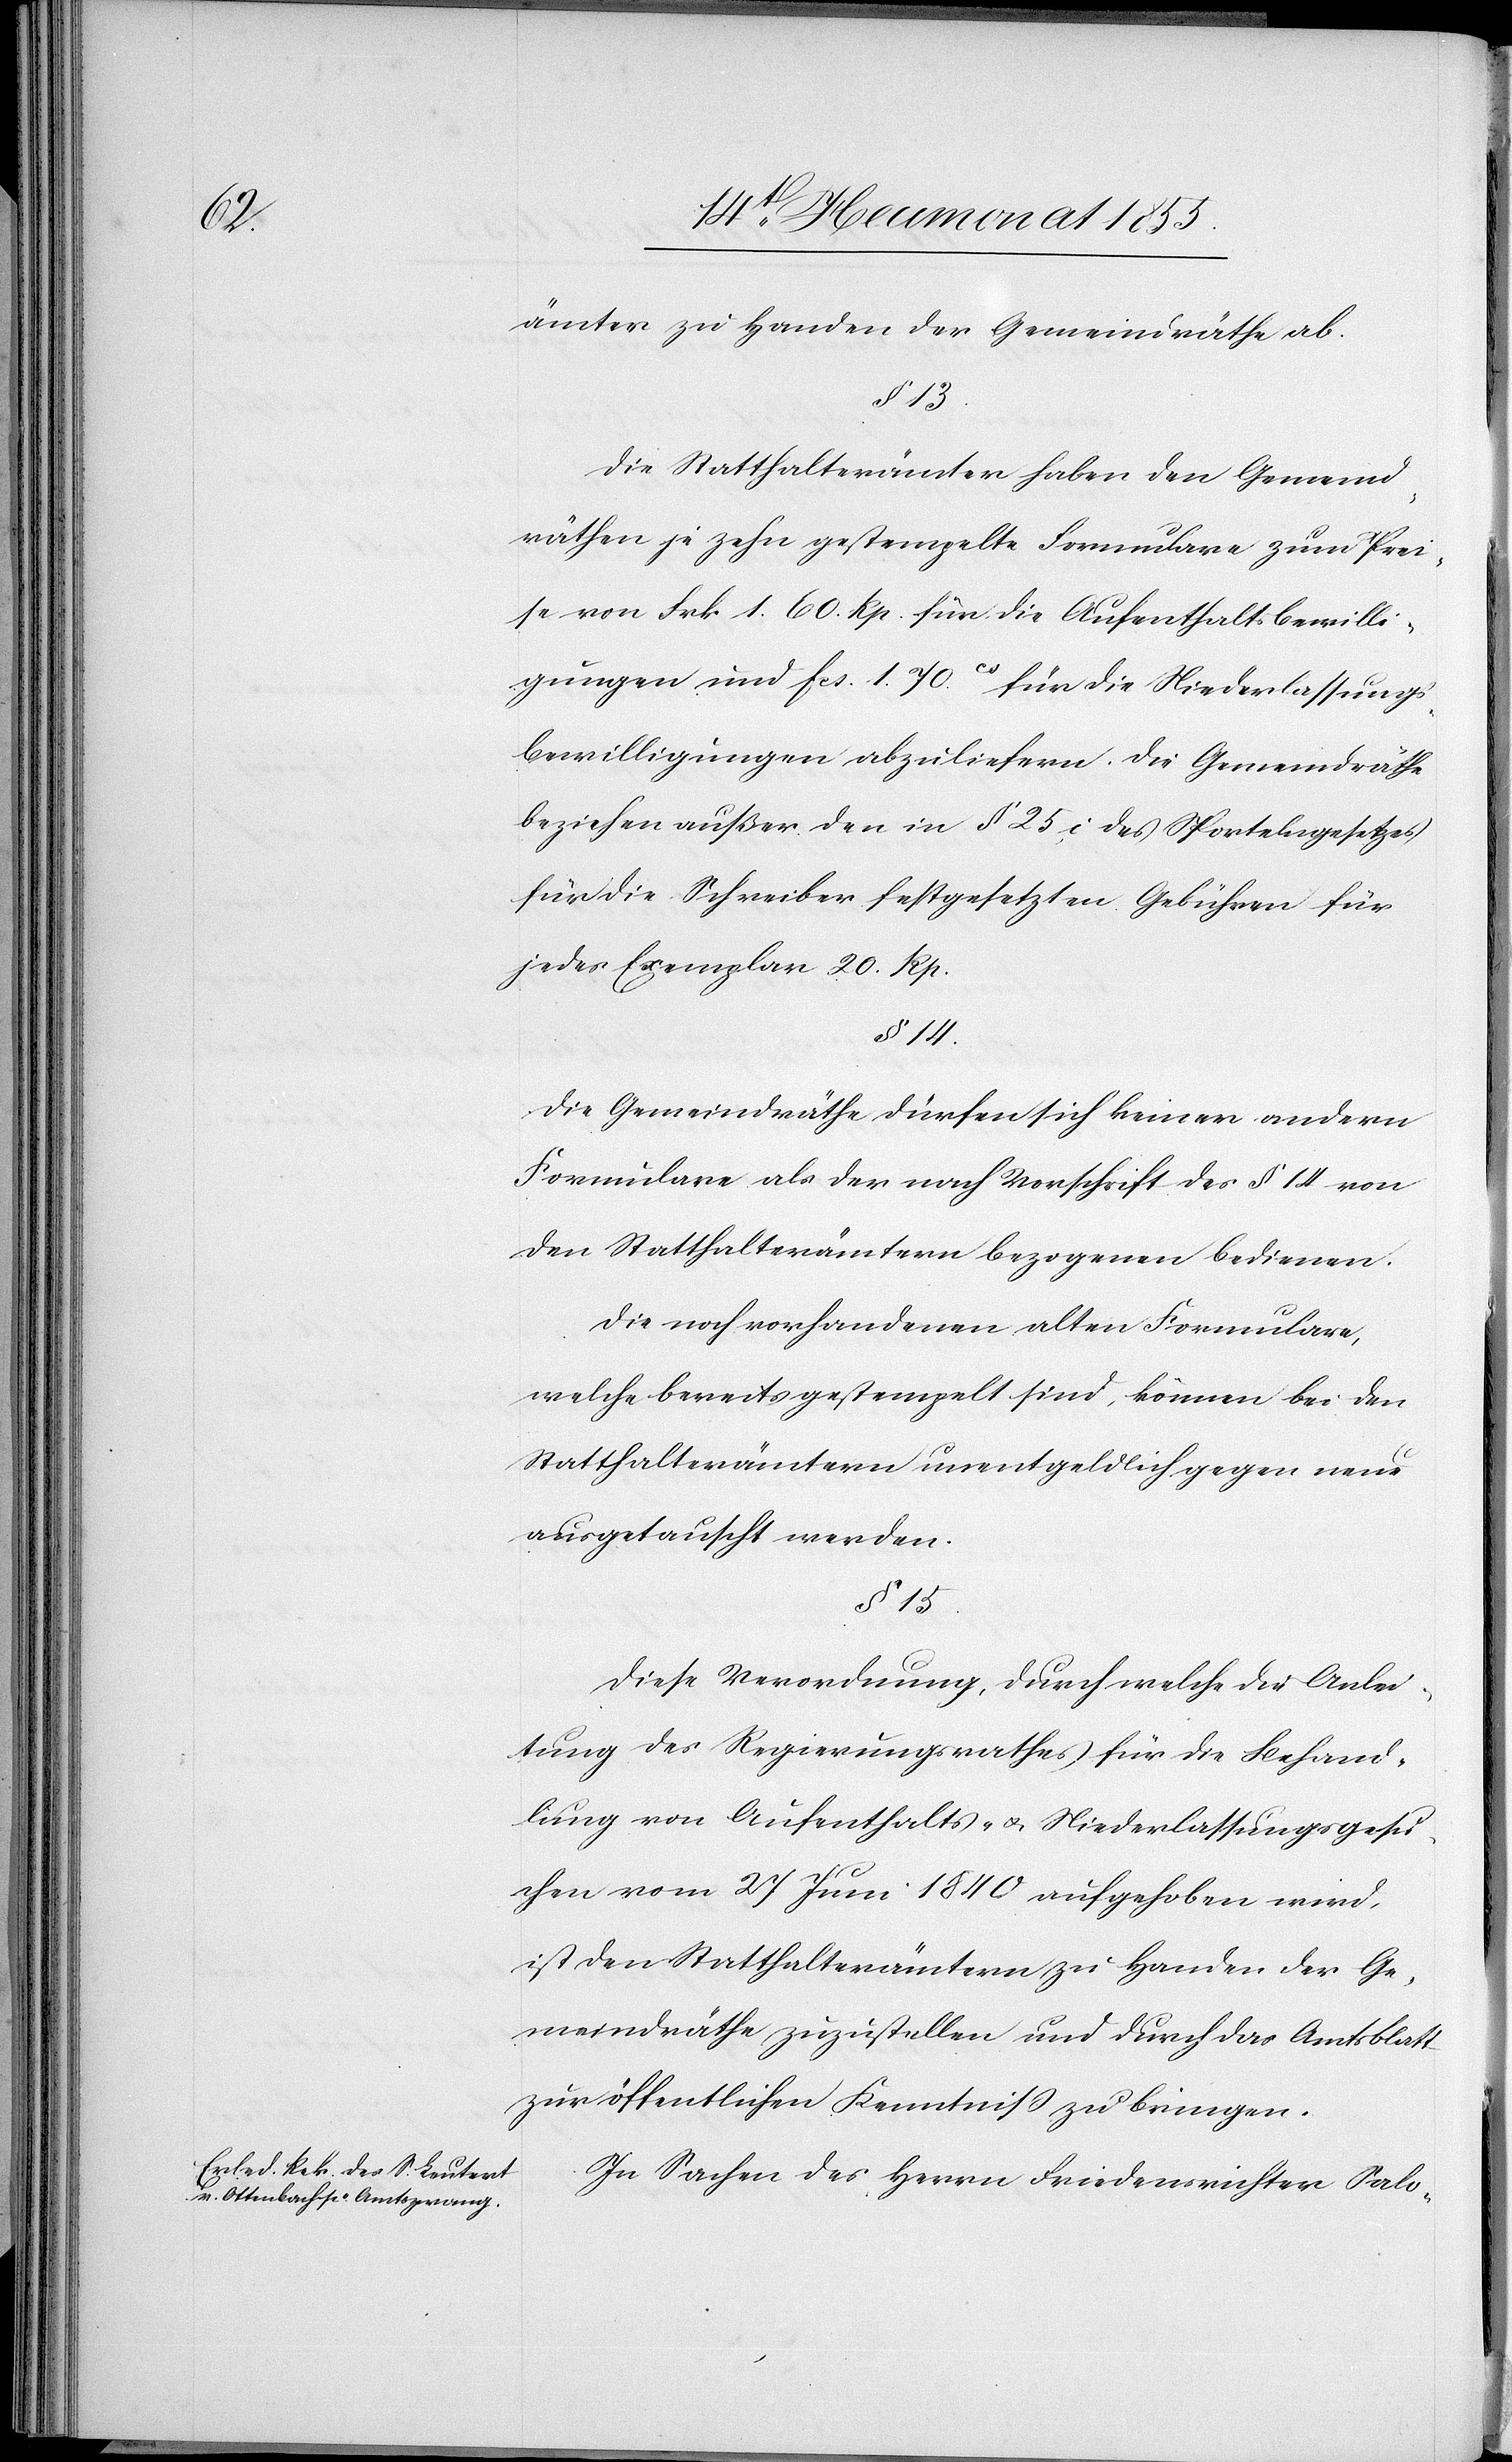
ämter zu Handen der Gemeindräthe ab.
§ 13.
Die Statthalterämter haben den Gemeind¬
räthen je zehn gestempelte Formulare zum Prei¬
se von Frk. 1. 60. Rp. für die Aufenthaltsbewilli¬
gungen und Fcs. 1. 70cs für die Niederlassungs¬
bewilligungen abzuliefern. Die Gemeindräthe
beziehen außer den in § 25, i des Sportelngesetzes
für die Schreiber festgesetzten Gebühren für
jedes Exemplar 20. Rp.
§ 14.
Die Gemeindräthe dürfen sich keiner andern
Formulare als der nach Vorschrift des § 14 von
den Statthalterämtern bezogenen bedienen.
Die noch vorhandenen alten Formulare,
welche bereits gestempelt sind, können bei den
Statthalterämtern unentgeldlich gegen neue
ausgetauscht werden.
§ 15.
Diese Verordnung, durch welche die Anlei¬
tung des Regierungsrathes für die Behand¬
lung von Aufenthalts- & Niederlassungsgesu¬
chen vom 27 Juni 1840 aufgehoben wird,
ist den Statthalterämtern zu Handen der Ge¬
meindräthe zuzustellen und durch das Amtsblatt
zur öffentlichen Kenntniß zu bringen.
In Sachen des Herrn Friedensrichter Salo-